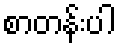
စာတန်းပါ